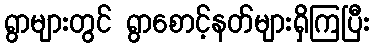
ရွာများတွင် ရွာစောင့်နတ်များရှိကြပြီး